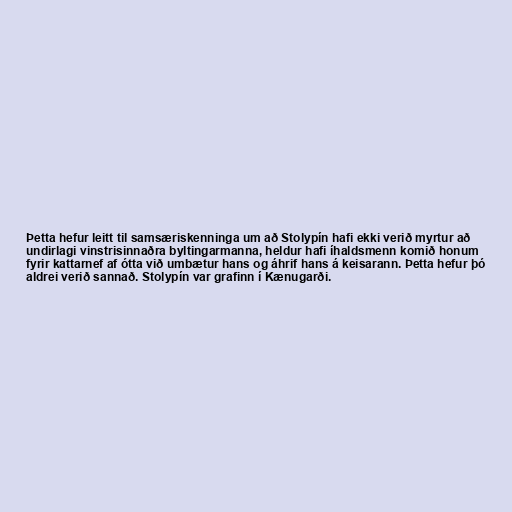
Þetta hefur leitt til samsæriskenninga um að Stolypín hafi ekki verið myrtur að
undirlagi vinstrisinnaðra byltingarmanna, heldur hafi íhaldsmenn komið honum
fyrir kattarnef af ótta við umbætur hans og áhrif hans á keisarann. Þetta hefur þó
aldrei verið sannað. Stolypín var grafinn í Kænugarði.